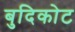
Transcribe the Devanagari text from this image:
बुदिकोट